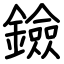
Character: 鐱